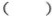
（ ）